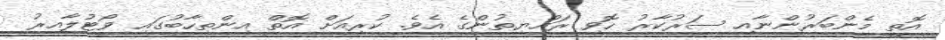
އޮތީ މެންބަރުންނާއި ސަރުކާރު ހޮވި ރައްޔިތުންގެ އެވެ. ކުރިއަށް އޮތް އިންތިހާބުގައި ވޯޓުލާއިރު